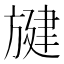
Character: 旔